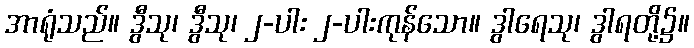
အာရုံသည်။ ဒွီသု၊ ဒွီသု၊ ၂-ပါး ၂-ပါးကုန်သော။ ဒွါရေသု၊ ဒွါရတို့၌။